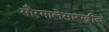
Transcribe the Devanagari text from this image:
सौरमालेसारखीच